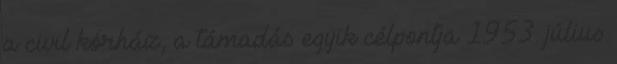
a civil kórház, a támadás egyik célpontja 1953. július